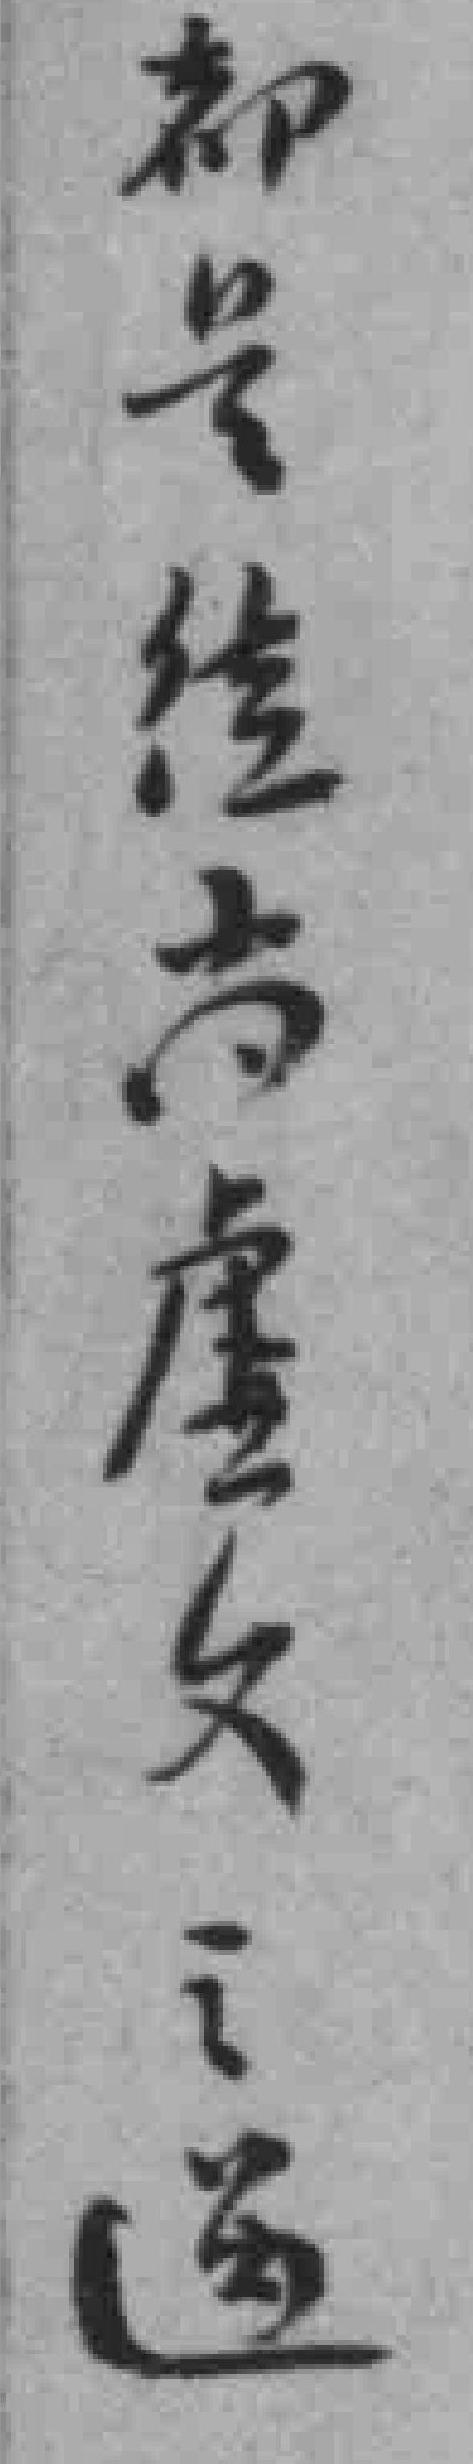
都是從古來虚文之道